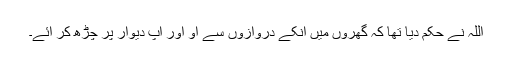
اللہ نے حکم دیا تھا کہ گھروں میں انکے دروازوں سے آؤ اور آپ دیوار پر چڑھ کر آئے۔